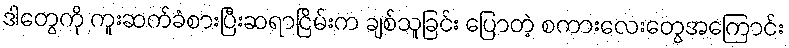
ဒါတွေကို ကူးဆက်ခံစားပြီးဆရာငြိမ်းက ချစ်သူခြင်း ပြောတဲ့ စကားလေးတွေအကြောင်း